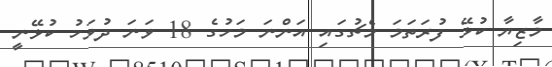
މާޒިޔާ ކުޅޭ ފުރަތަމަ މެޗުގައި އަންނަ މަހުގެ 18 ވަނަ ދުވަހު ކުޅޭނީ